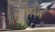
પૂરણપોળી